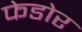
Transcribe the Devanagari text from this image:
फेडोर